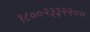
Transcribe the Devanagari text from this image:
१८००२३३२२००